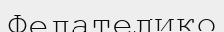
Фелателико